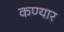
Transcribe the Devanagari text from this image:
कण्यार